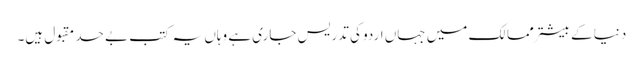
دنیا کے بیشتر ممالک میں جہاں اردو کی تدریس جاری ہے وہاں یہ کتب بے حد مقبول ہیں۔